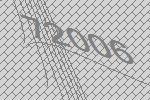
72006